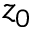
z _ { 0 }